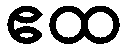
ဧထ